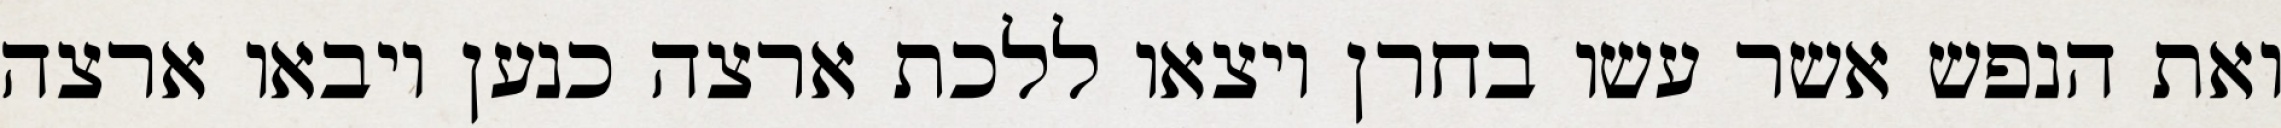
ואת הנפש אשר עשו בחרן ויצאו ללכת ארצה כנען ויבאו ארצה